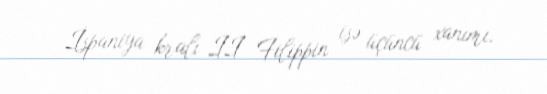
İspaniya kralı II Filippin isə üçüncü xanımı.